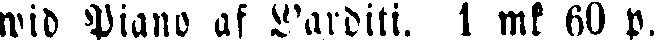
wid Piano af L'arditi. 1 mk 60 p.